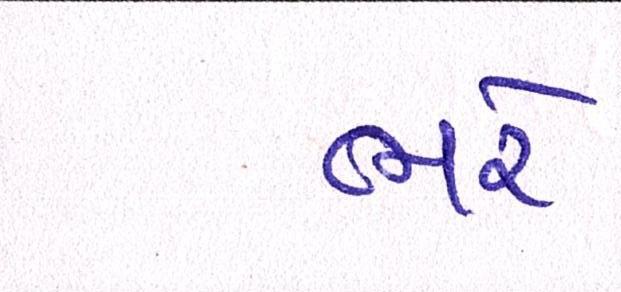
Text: ભરે